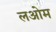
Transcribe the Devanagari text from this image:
लओम